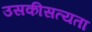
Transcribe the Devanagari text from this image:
उसकीसत्यता